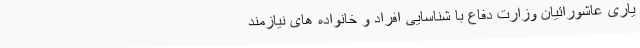
یاری عاشورائیان وزارت دفاع با شناسایی افراد و خانواده های نیازمند